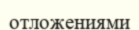
отложениями